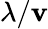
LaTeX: \lambda/\mathbf{v}